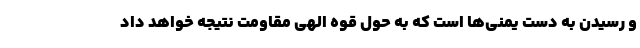
و رسیدن به دست یمنی‌ها است که به حول قوه الهی مقاومت نتیجه خواهد داد